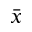
\bar { x }